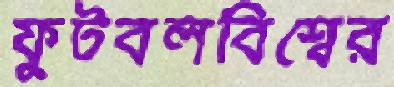
ফুটবলবিশ্বের